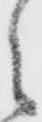
々